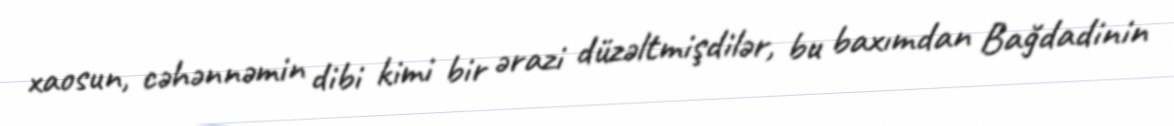
xaosun, cəhənnəmin dibi kimi bir ərazi düzəltmişdilər, bu baxımdan Bağdadinin